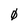
Character: 0